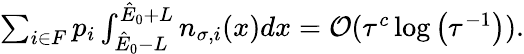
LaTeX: \begin{array}{r}{\sum_{i\in F}p_{i}\int_{\hat{E}_{0}-L}^{\hat{E}_{0}+L}n_{\sigma,i}(x)dx=\mathcal{O}(\tau^{c}\log\left(\tau^{-1}\right)).}\end{array}